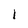
Character: I